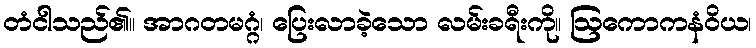
တံငါသည်၏။ အာဂတမဂ္ဂံ၊ ပြေးလာခဲ့သော လမ်းခရီးကို။ ဩကောကနံဝိယ၊